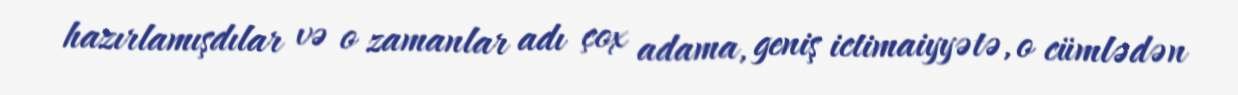
hazırlamışdılar və o zamanlar adı çox adama, geniş ictimaiyyətə, o cümlədən